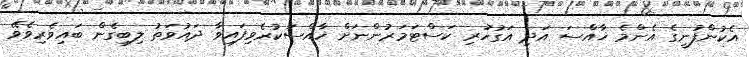
އެކުންފުނީގެ އެންމެ ޚާއްސަ އަދި އަގުހުރި ކަސްޓަމަރުންނަށް ޚާއްސަކުރެވިފައިވާ ދައުވަތު ލިބިގެން ބައިވެރިވެވޭ